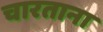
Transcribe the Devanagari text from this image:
चारताना